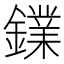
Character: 𨭥